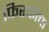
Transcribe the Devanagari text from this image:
फिरकीचा